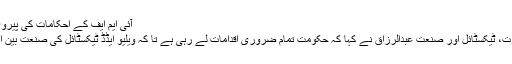
آئی ایم ایف کے احکامات کی پیروی سے معیشت بہتر نہیں بلک مزید تباہی کا شکار ہو گی
24 دسمبر 2018 کو وزیر اعظم کے مشیر برائے تجارت، ٹیکسٹائل اور صنعت عبدالرزاق نے کہا کہ حکومت تمام ضروری اقدامات لے رہی ہے تا کہ ویلیو ایڈڈ ٹیکسٹائل کی صنعت بین الاقوامی مارکیٹ میں متحرک اور مسابقت کے قابل بنے۔